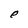
Character: e